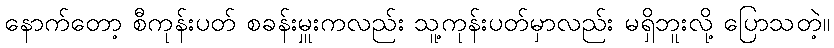
နောက်တော့ စီကုန်းပတ် စခန်းမှူးကလည်း သူ့ကုန်းပတ်မှာလည်း မရှိဘူးလို့ ပြောသတဲ့။